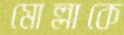
মোল্লাকে